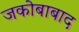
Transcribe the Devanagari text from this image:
जकोबाबाद